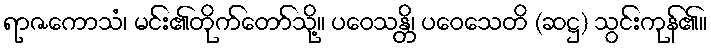
ရာဇကောသံ၊ မင်း၏တိုက်တော်သို့။ ပဝေသန္တိ၊ ပဝေသေတိ (ဆဋ္ဌ) သွင်းကုန်၏။